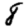
Digit: 8